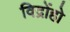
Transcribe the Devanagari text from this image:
विद्रोंहो